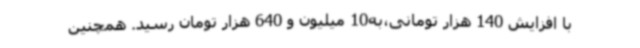
با افزایش 140 هزار تومانی،به10 میلیون و 640 هزار تومان رسید. همچنین